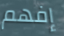
إفهم